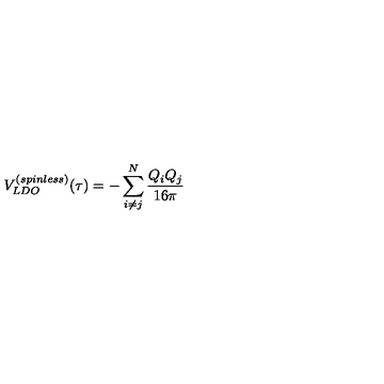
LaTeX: V _ { L D O } ^ { ( s p i n l e s s ) } ( \tau ) = - \sum _ { i \neq j } ^ { N } { \frac { Q _ { i } Q _ { j } } { 1 6 \pi } }